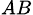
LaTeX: _{AB}